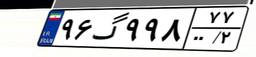
۵۹گ۰۱۶۸۵